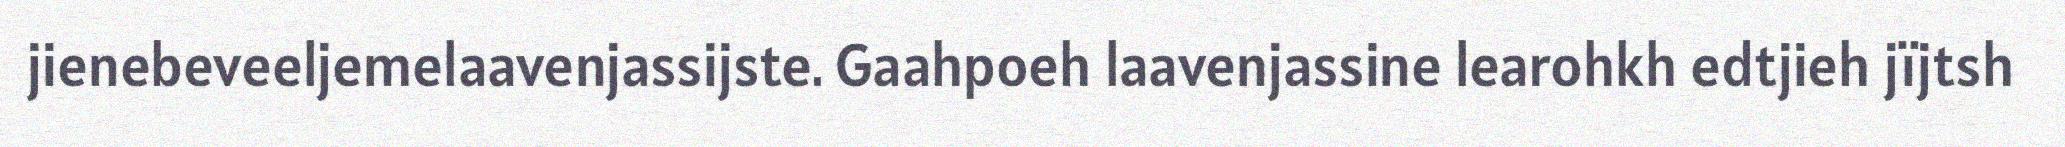
jienebeveeljemelaavenjassijste. Gaahpoeh laavenjassine learohkh edtjieh jïjtsh